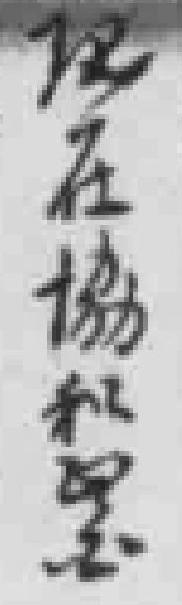
现在協和*